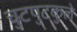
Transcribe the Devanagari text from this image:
चुटपुटकुले